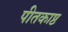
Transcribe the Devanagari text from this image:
पीतकाष्ठ